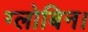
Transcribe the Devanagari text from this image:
ग्लोबिन।